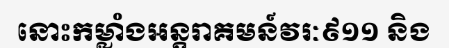
នោះកម្លាំងអន្តរាគមន៍វរៈ៩១១ និង